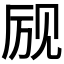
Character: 𲁔